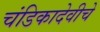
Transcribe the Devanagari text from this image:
चंडिकादेवीचे